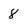
Character: 8